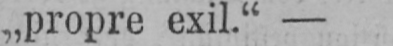
„propre exil.“ -